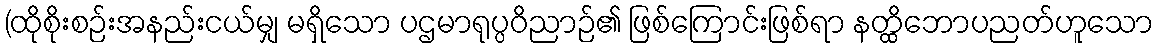
(ထိုစိုးစဉ်းအနည်းငယ်မျှ မရှိသော ပဌမာရုပ္ပဝိညာဉ်၏ ဖြစ်ကြောင်းဖြစ်ရာ နတ္ထိဘောပညတ်ဟူသော